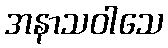
အနာသဝါသေ